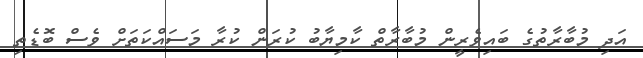
އަދި މުބާރާތުގެ ބައިވެރީން މުބާރާތް ކާމިޔާބު ކުރަން ކުރާ މަސައްކަތަށް ވެސް ބޮޑެތި